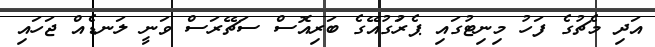
އަދި މެޗުގެ ފަހު މިނިޓުގައި ޕެރަުގުއޭގެ ބަރިއޮސް ސަޗޭރަސް ވަނީ ލަނޑެއް ޖަހައި